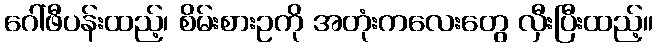
ဂေါ်ဖီပန်းထည့်၊ စိမ်းစားဥကို အတုံးကလေးတွေ လှီးပြီးထည့်။